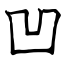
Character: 凹